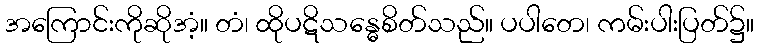
အကြောင်းကိုဆိုအံ့။ တံ၊ ထိုပဋိသန္ဓေစိတ်သည်။ ပပါတေ၊ ကမ်းပါးပြတ်၌။